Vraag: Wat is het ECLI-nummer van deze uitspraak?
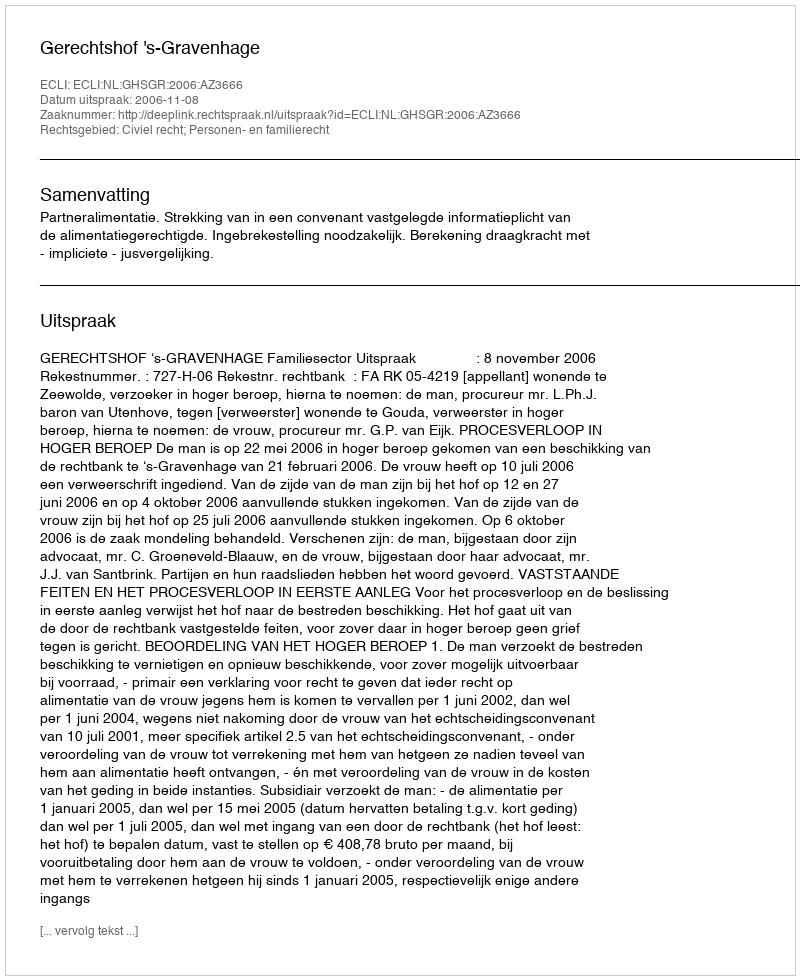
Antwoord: ECLI:NL:GHSGR:2006:AZ3666